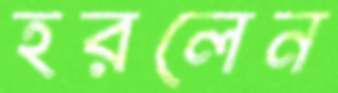
হরলেন